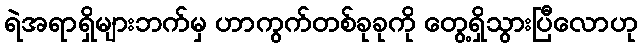
ရဲအရာရှိများဘက်မှ ဟာကွက်တစ်ခုခုကို တွေ့ရှိသွားပြီလောဟု